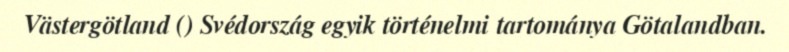
Västergötland () Svédország egyik történelmi tartománya Götalandban.